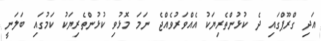
އަދި ގްރޫޕްގައި ދެ ކުޅުންތެރިޔަކު އެއްވަރުވެއްޖެ ނަމަ މޮޅުވި ކުޅުންތެރިޔަކު ކަމުގައި ބަލަނީ